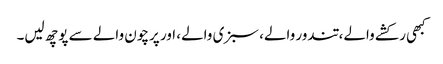
کبھی رکشے والے، تندور والے، سبزی والے، اور پرچون والے سے پوچھ لیں۔